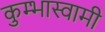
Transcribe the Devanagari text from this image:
कुम्भास्वामी